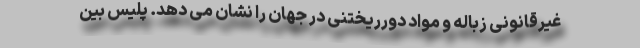
غیرقانونی زباله و مواد دورریختنی در جهان را نشان می دهد. پلیس بین